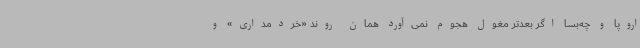
اروپا و چه‌بسا اگر بعدتر مغول هجوم نمی‌آورد همان روند «خردمداری» و